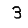
Digit: 3